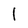
Character: l